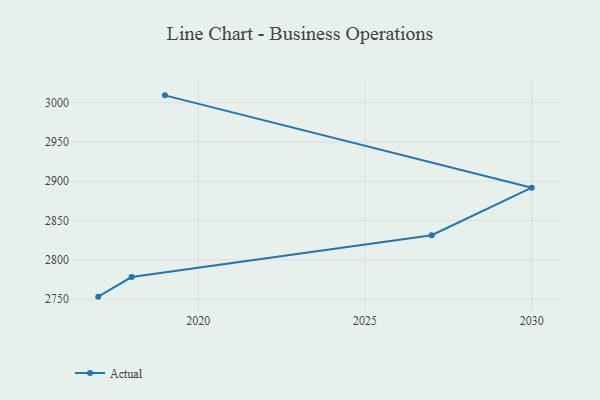
{"axis": {"x": "Year", "y": "Market Share (%)"}, "legend": ["Actual"], "data": [{"x": "2017", "y": 2753.2, "type": "Actual"}, {"x": "2018", "y": 2778.1, "type": "Actual"}, {"x": "2027", "y": 2831.4, "type": "Actual"}, {"x": "2030", "y": 2891.8, "type": "Actual"}, {"x": "2019", "y": 3009.3, "type": "Actual"}]}